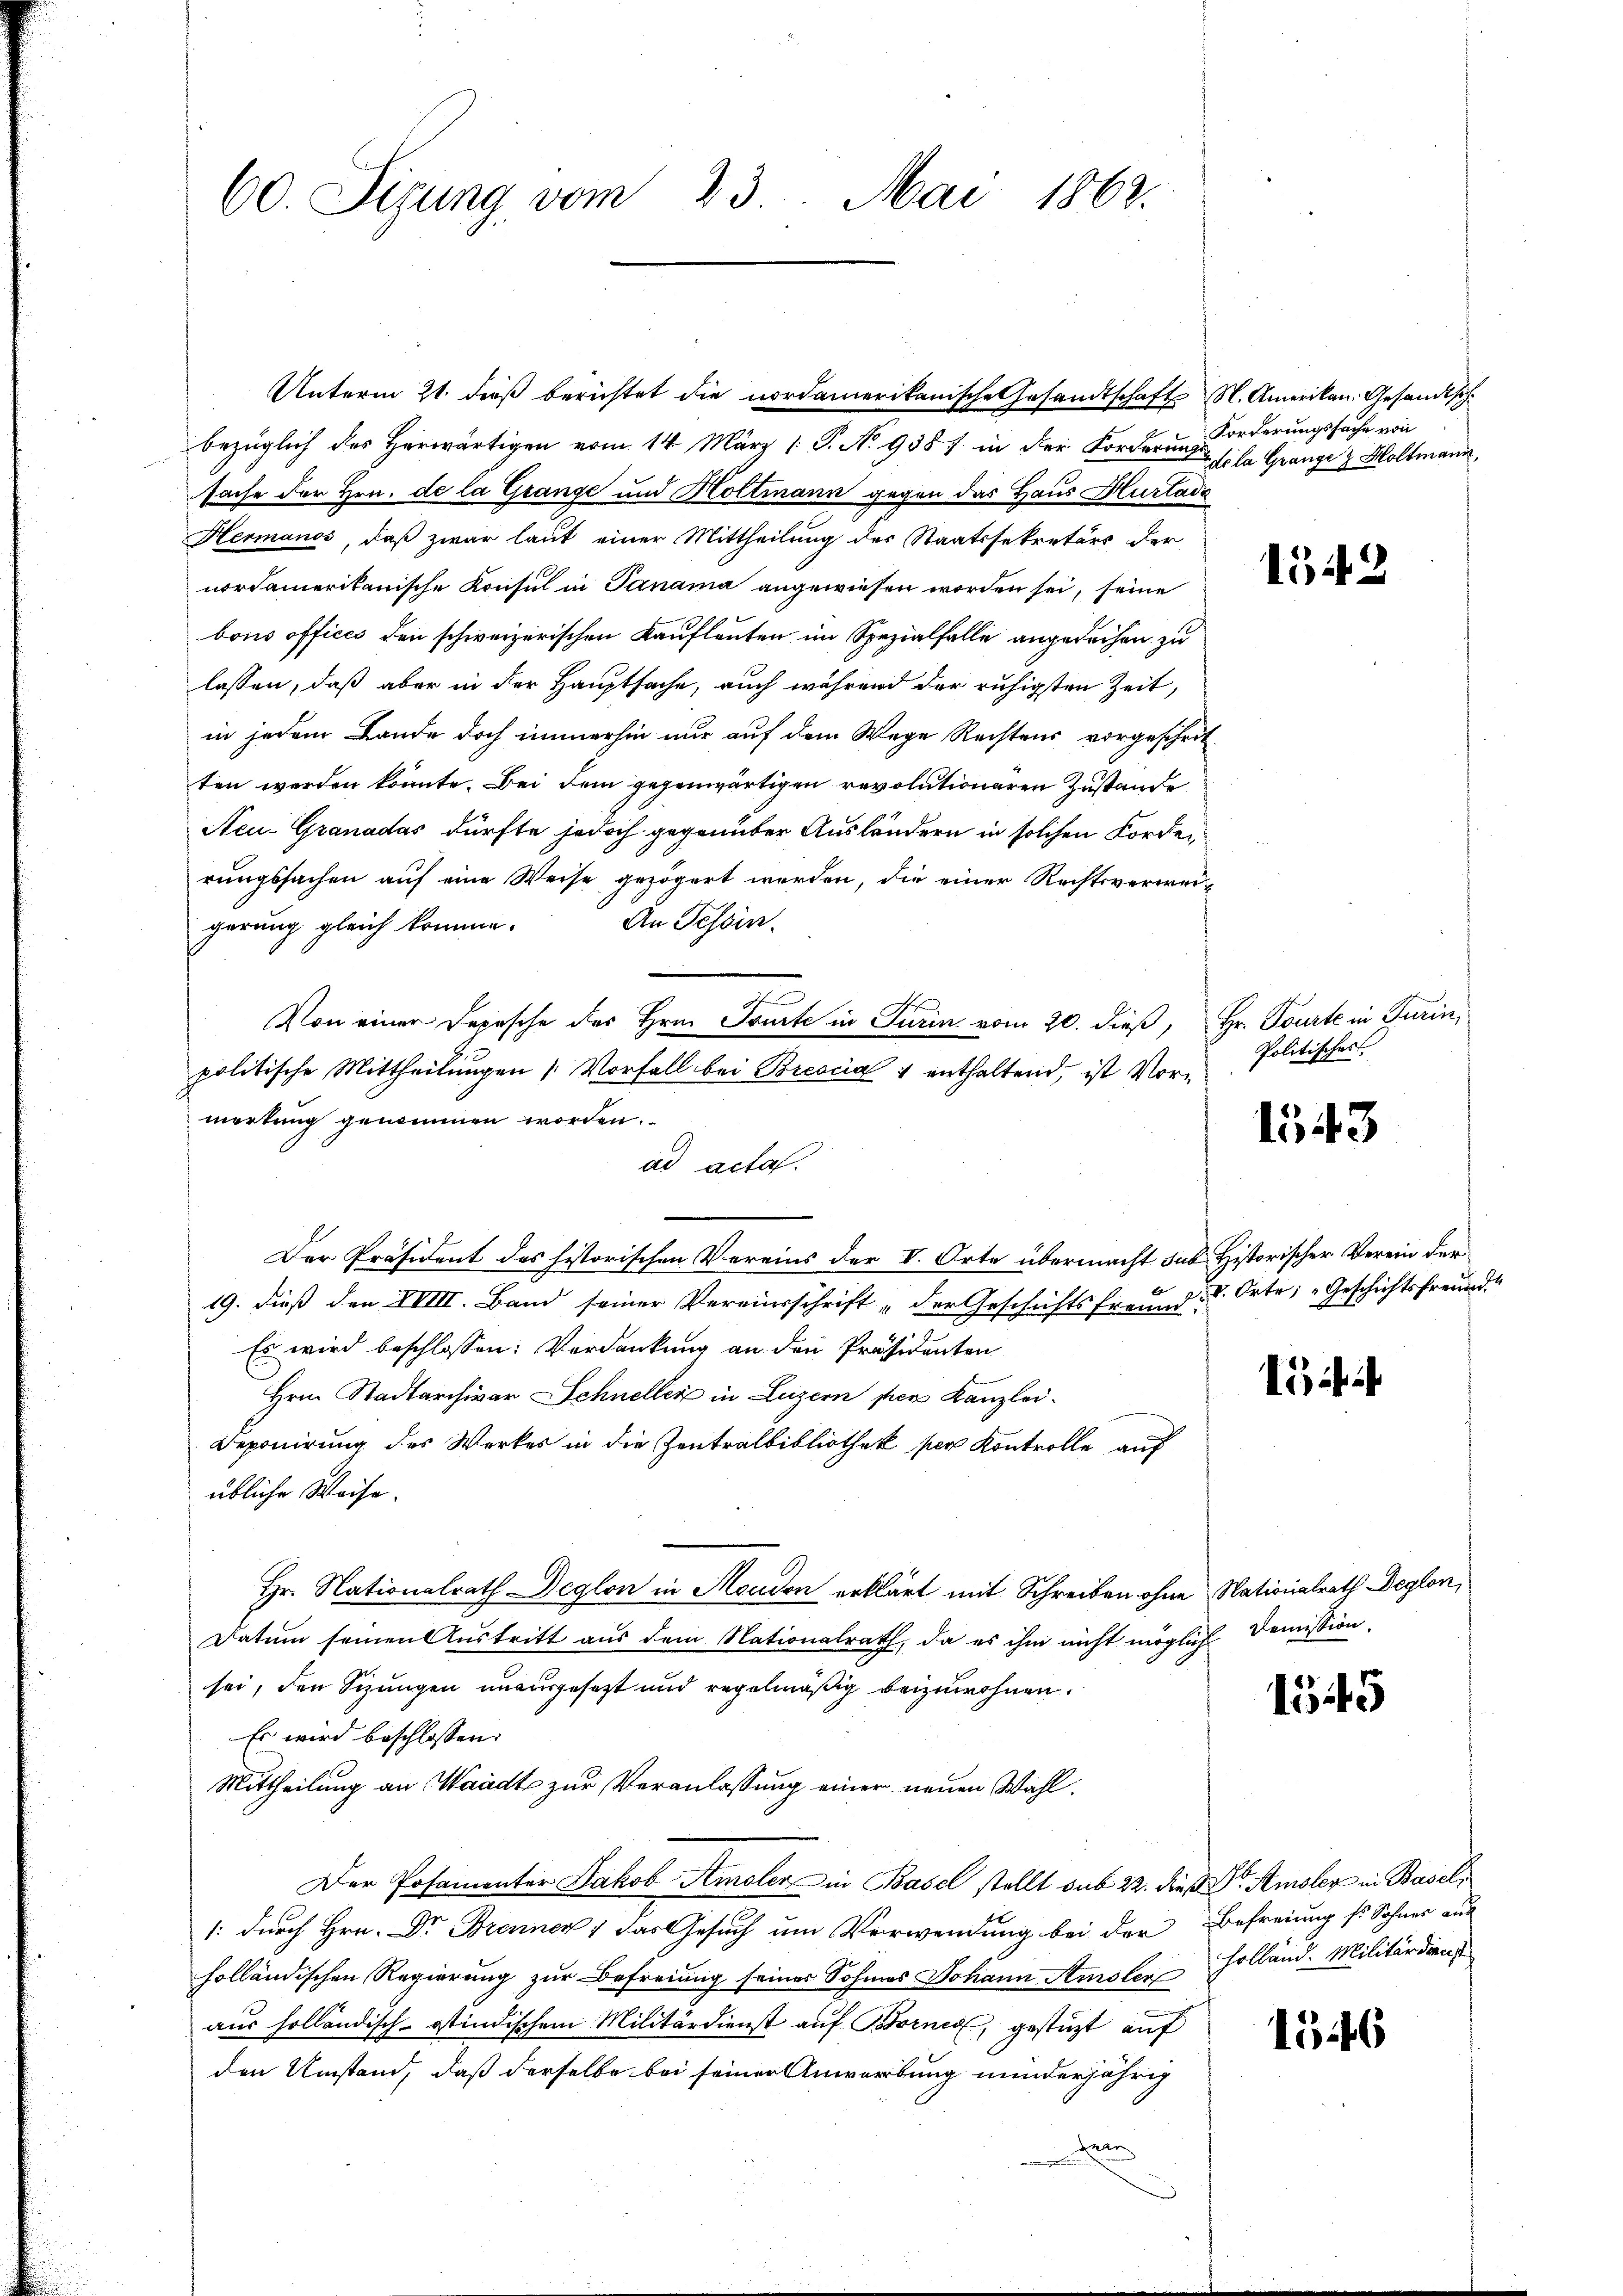
60. Sizung vom 23. Mai 1862.

bezüglich des herwärtigen vom 14. März 1. P. No 938 in der Forderŭng sola Gränge & Woltmann,
sache der Hrn. de la Grange und Holtmann gegen das Haus Hurtadi
Hermanos, daß zwar laut einer Mittheilung der Staatssekretärs der
nordamerikanische Konsul in Panama angewiesen worden sei, seine
bous offices den schweizerischen Kaufleuten im Spezialfalle angedeihen zu
lassen, daß aber in der Hauptsache, auch während der ruhigsten Zeit,
in jedem Lande doch immerhin nur auf dem Wege Rechtens vorgeschrit-
ten werden könnte. Bei dem gegenwärtigen revolutioneren Zustande
Aen Granadas dürfte jedoch gegenüber Ausländern in solchen Forderungssachen auf eine Weise gezögert werden, die einer Rechtsverweigerung gleich komme. An Tessin-
Von einer Depesche des Hrn. Toute in Turin vom 20. dieß, Hr. Tourte in Turin,
politische Mittheilungen Vorfall bei Brescia 1 enthaltend, ist Vormerkung genommen worden.
ad acta.
Der Präsident des historischen Vereins der V. Orte übermacht sub. Historischer Verein der
19. dieß den XVIII. Band seiner Vereinsschrift „der Geschichtsfreund- u. Orte: „Geschichtsfreund
Es wird beschlossen: Verdankung an den Präsidenten
Hrn. Stadtarchivar Schneller in Luzern per Kanzlei¬
Deponirung des Werkes in die Zentralbibliothek per Kontrolle auf
übliche Weise.
Hr. Nationalrath Deglon in Moudon erklärt mit Schreiben ohne Nationalrath Deglon,
Datum seinen Austritt aus dem Nationalrath, da es ihm nicht möglich
sei, den Sizungen unausgesetzt und regelmäßig beizuwohnen.
Es wird beschlossen:
Mittheilung an Waadt zur Veranlassung einer neuen Wahl¬
Der Posamenter Jakob Amsler in Basel stellt sub 22. dies Dr. Amsler in Basel,
1: durch Hrn. Dr Brennen, das Gesuch um Verwendung bei der Befreiung so Sohner aus
holländischen Regierung zur Befreiung seines Sohnes Johann Ausler, Holländ. Militärdiens
aus holländisch-stindischem Militärdienst aŭf Borner, gestützt auf
den Umstand, daß derselbe bei seiner Anwerbung minderjährig
den

Unterm 21. dieß berichtet die nordamerikanische Gesandtschaft N. Amerikan. Gesandtsch

Forderungssache von

1543

Politisches

1543

i i

Demission.

1545

1546